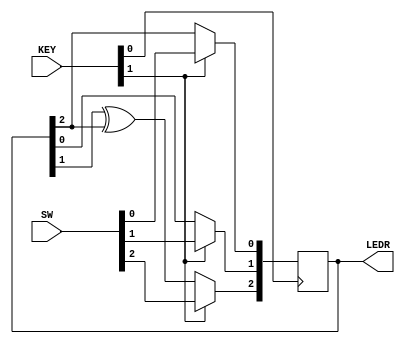
module top_module (
    input [2:0] SW,      // R
    input [1:0] KEY,     // L and clk
    output [2:0] LEDR);  // Q
    
    wire clk, L;
    wire [2:0] R;
    reg [2:0] Q;
    assign clk = KEY[0];
    assign L = KEY[1];
    assign R = SW;

    always @(posedge clk) begin
        Q <= {(L) ? R[2] : (Q[1] ^ Q[2]), (L) ? R[1] : Q[0], (L) ? R[0] : Q[2]};
    end
    
    assign LEDR = Q;

endmodule